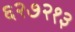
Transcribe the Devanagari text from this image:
६२७२१३